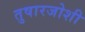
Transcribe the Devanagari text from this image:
तुषारजोशी